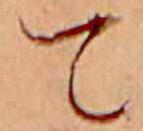
て